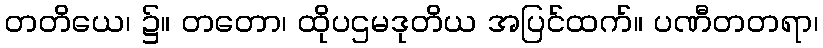
တတိယေ၊ ၌။ တတော၊ ထိုပဌမဒုတိယ အပြင်ထက်။ ပဏီတတရာ၊